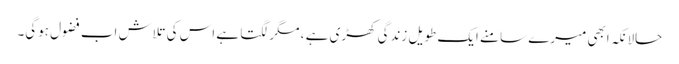
حالانکہ ابھی میرے سامنے ایک طویل زندگی کھڑی ہے ، مگر لگتا ہے اس کی تلاش اب فضول ہوگی۔